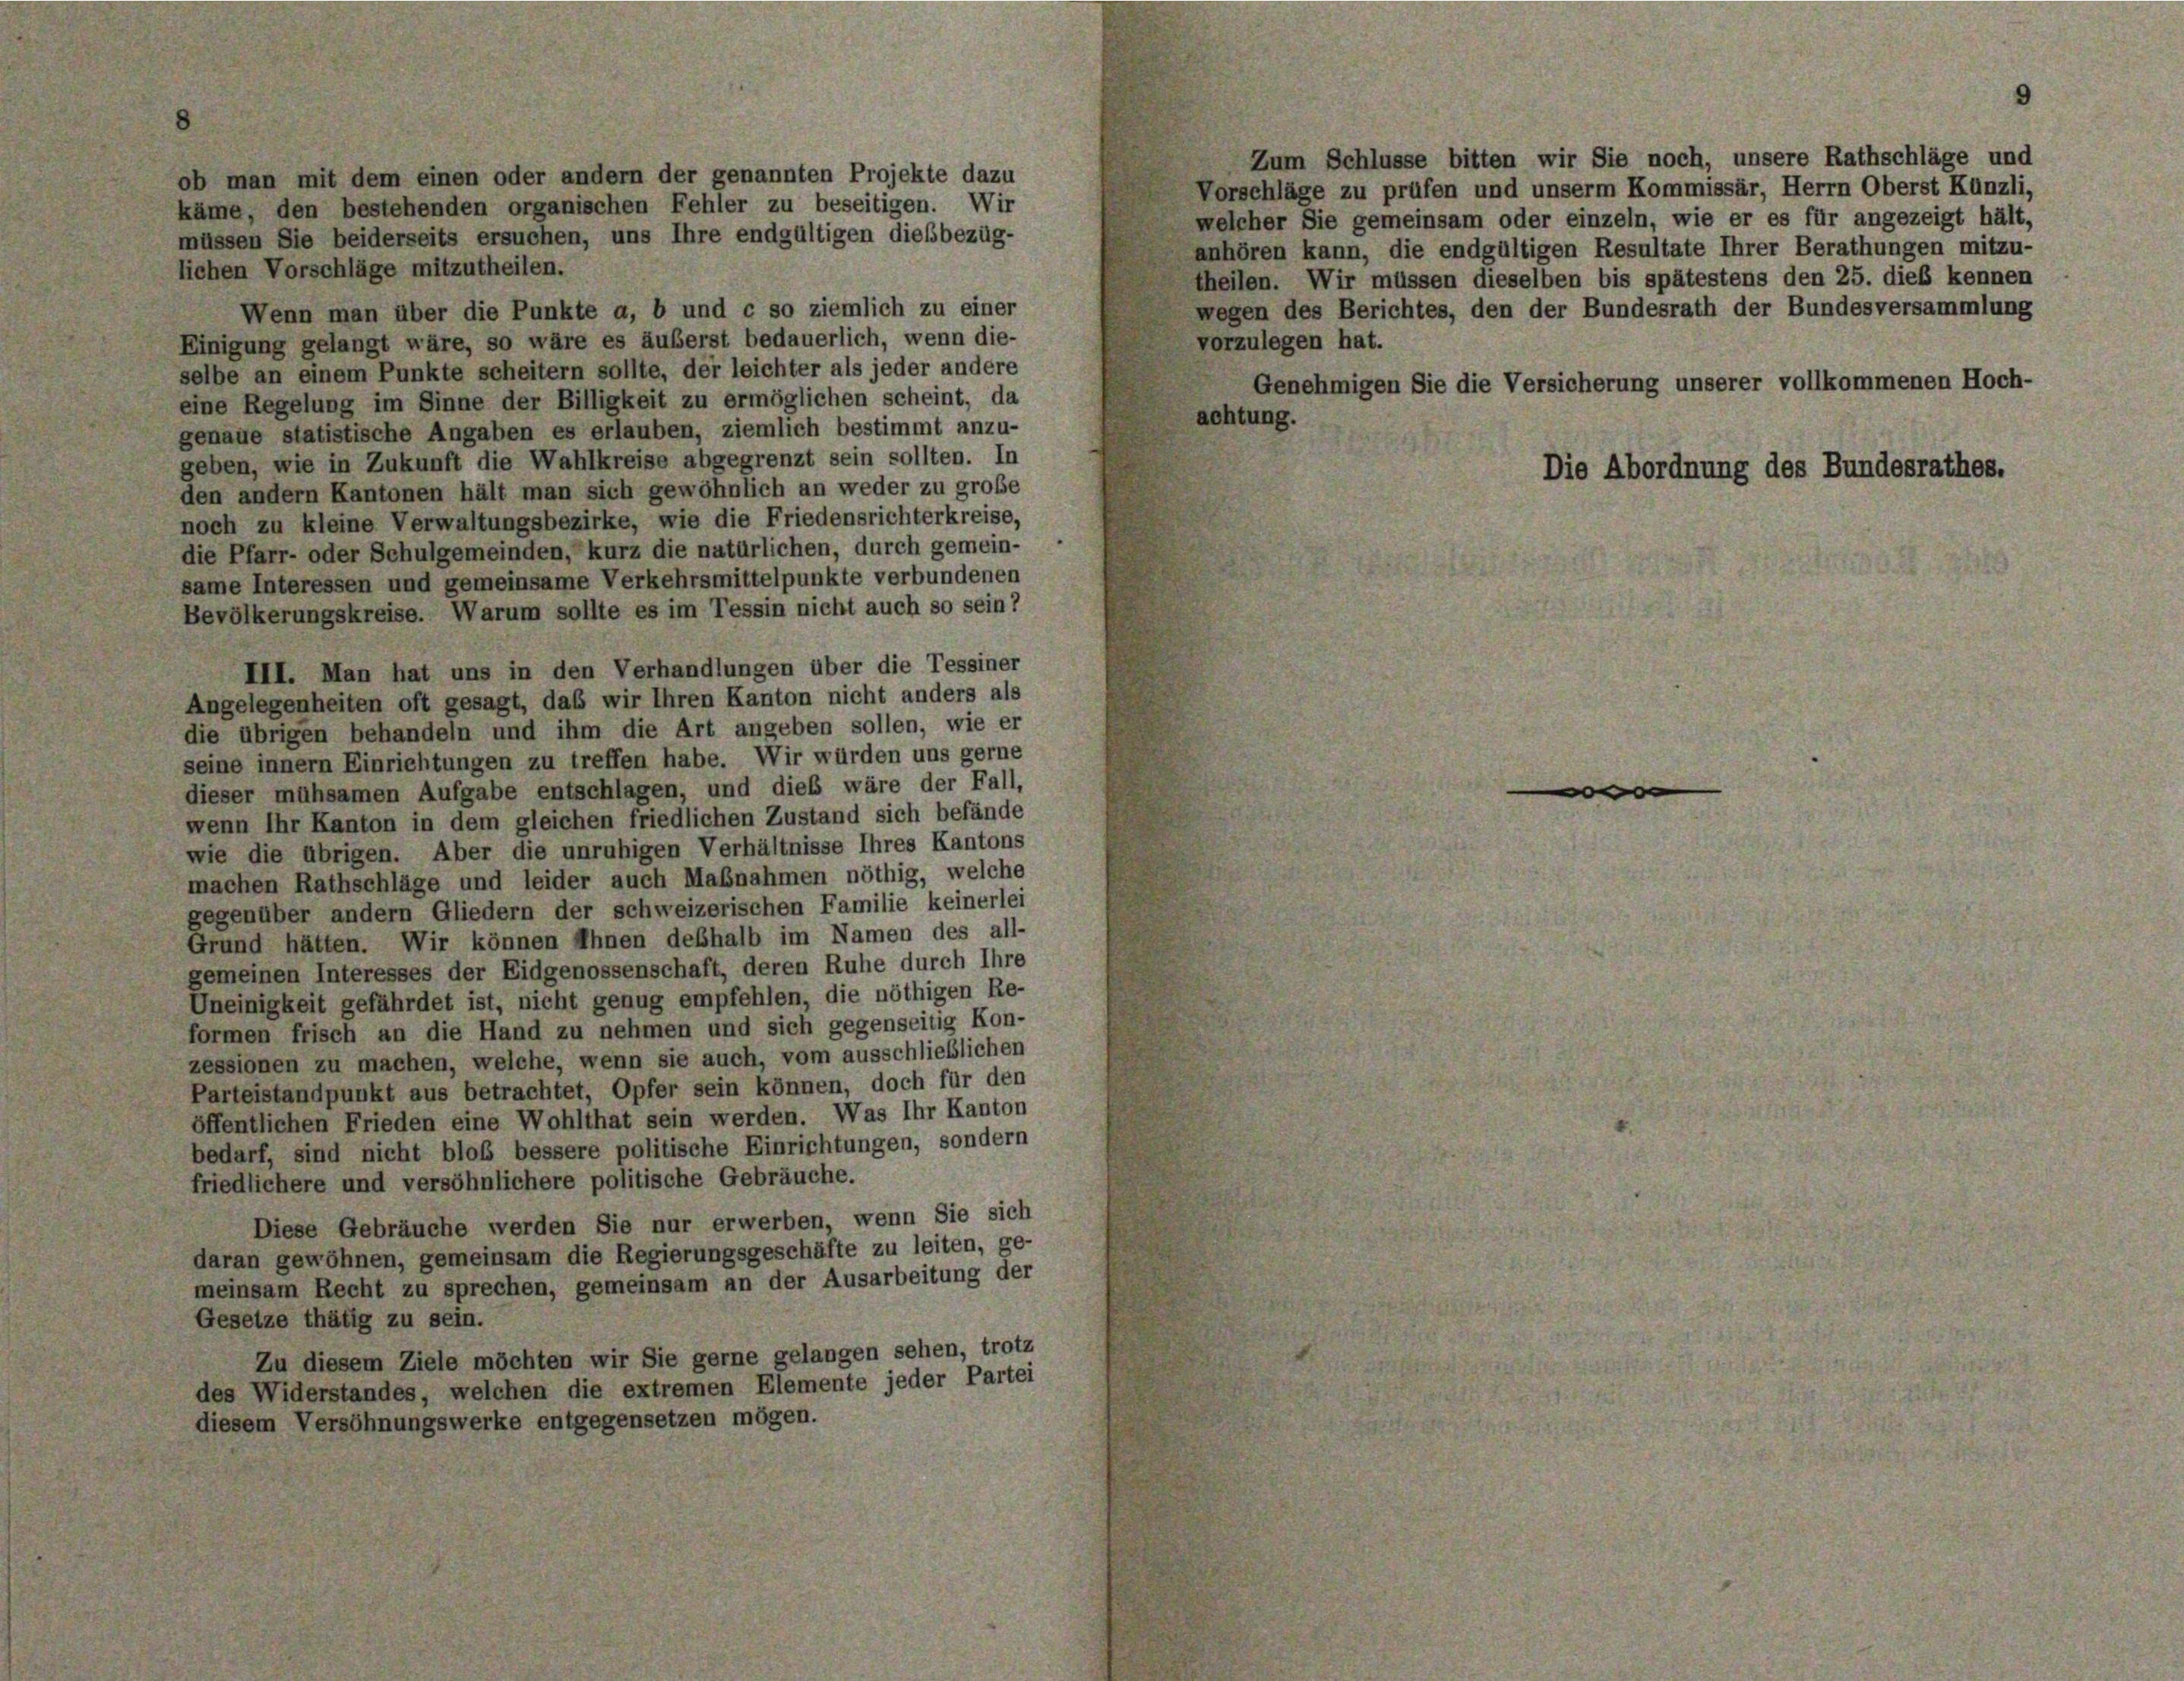
Zum Schlüsse bitten wir Sie noch, unsere Rathschläge und
ob man mit dem einen oder andern der genannten Projekte dazu
Vorschläge zu prüfen und unserm Kommissär, Herrn Oberst Künzli,
käme, den bestehenden organischen Fehler zu beseitigen. Wir
welcher Sie gemeinsam oder einzeln, wie er es für angezeigt hält,
müssen Sie beiderseits ersuchen, uns Ihre endgültigen diesbezüg-
anhören kann, die endgültigen Resultate Ihrer Berathungen mitzu-
lichen Vorschläge mitzutheilen.
theilen. Wir müssen dieselben bis spätestens den 25. dieß kennen
wegen des Berichtes, den der Bundesrath der Bundesversammlung
Wenn man über die Punkte a, b und c so ziemlich zu einer
Einigung gelangt wäre, so wäre es äußerst bedauerlich, wenn die-
vorzulegen hat.
selbe an einem Punkte scheitern sollte, der leichter als jeder andere
Genehmigen Sie die Versicherung unserer vollkommenen Hoch-
eine Regelung im Sinne der Billigkeit zu ermöglichen scheint, da
achtung.
genaue statistische Angaben es erlauben, ziemlich bestimmt anzu-
geben, wie in Zukunft die Wahlkreise abgegrenzt sein sollten. In
Die Abordnung des Bundesrathes.
den andern Kantonen hält man sich gewöhnlich an weder zu große
noch zu kleine Verwaltungsbezirke, wie die Friedensrichterkreise,
die Pfarr- oder Schulgemeinden, kurz die natürlichen, durch gemein-
same Interessen und gemeinsame Verkehrsmittelpunkte verbundenen
Bevölkerungskreise. Warum sollte es im Tessin nicht auch so sein?
III. Man hat uns in den Verhandlungen über die Tessiner
Angelegenheiten oft gesagt, daß wir Ihren Kanton nicht anders als
die übrigen behandeln und ihm die Art angeben sollen, wie er
seine innern Einrichtungen zu treffen habe. Wir würden uns gerne
dieser mühsamen Aufgabe entschlagen, und dies wäre der Fall,
wenn Ihr Kanton in dem gleichen friedlichen Zustand sich befände
wie die übrigen. Aber die unruhigen Verhältnisse Ihres Kantons
machen Rathschläge und leider auch Maßnahmen nöthig, welche
gegenüber andern Gliedern der schweizerischen Familie keinerlei
Grund hätten. Wir können Ihnen deßhalb im Namen des all-
gemeinen Interesses der Eidgenossenschaft, deren Ruhe durch Ihre
Uneinigkeit gefährdet ist, nicht genug empfehlen, die nöthigen Re-
formen frisch an die Hand zu nehmen und sich gegenseing Kon-
zessionen zu machen, welche, wenn sie auch, vom ausschließlichen
Parteistandpunkt aus betrachtet, Opfer sein können, doch für den
öffentlichen Frieden eine Wohlthat sein werden. Was Ihr Kanton
bedarf, sind nicht bloß bessere politische Einrichtungen, sondern
friedlichere und versöhnlichere politische Gebräuche.
Diese Gebräuche werden Sie nur erwerben, wenn Sie sich
daran gewöhnen, gemeinsam die Regierungsgeschäfte zu leiten, ge-
meinsam Recht zu sprechen, gemeinsam an der Ausarbeitung der
Gesetze thätig zu sein.
Zu diesem Ziele möchten wir Sie gerne gelangen sehen, trotz
des Widerstandes, welchen die extremen Elemente jeder Partei
diesem Versöhnungswerke entgegensetzen mögen.

o